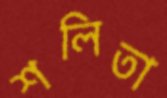
শলিতা